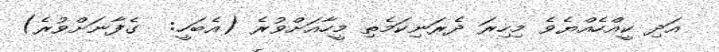
އަދި ކީއްހެއްޔެވެ މިހިރަ ދެރަނިކަމެތި މީހާއަށްވުރެ (އެބަހީ:  ގެފާނަށްވުރެ)